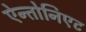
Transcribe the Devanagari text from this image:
ऐन्तोनिएट